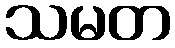
သမတ